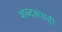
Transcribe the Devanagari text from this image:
शब्दसंग्रही